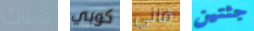
هناك كوبي فاني جثتين